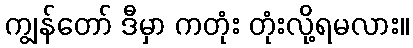
ကျွန်တော် ဒီမှာ ကတုံး တုံးလို့ရမလား။